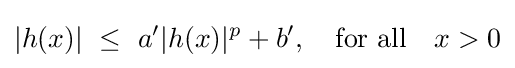
|h(x)|~\leq ~a'|h(x)|^{p}+b',\quad {\text{for all}}\quad x>0